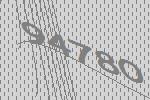
94780